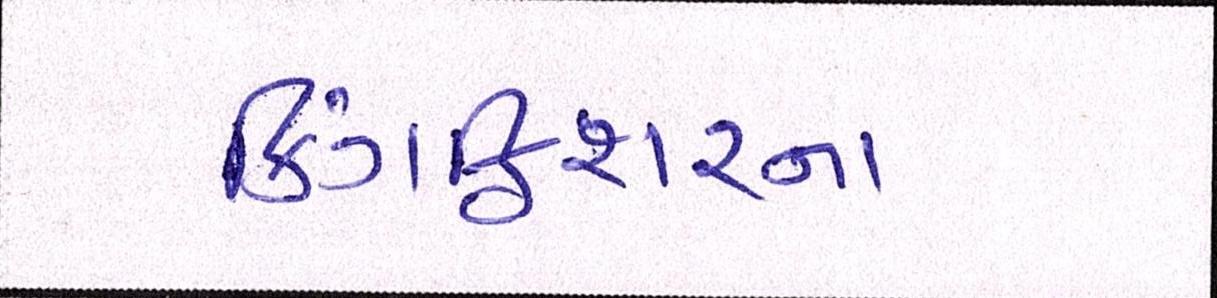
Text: કિંગફિશરના